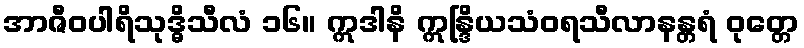
အာဇီဝပါရိသုဒ္ဓိသီလံ ၁၆။ ဣဒါနိ ဣန္ဒြိယသံဝရသီလာနန္တရံ ဝုတ္တေ